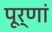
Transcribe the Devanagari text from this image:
पूर्णां